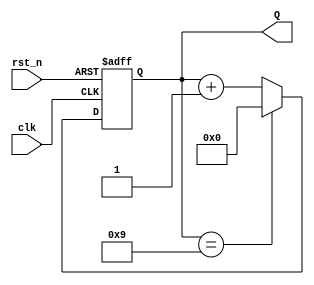
module BCD_Asynchronous_Counter (
    input wire clk,        // Clock signal
    input wire rst_n,      // Active-low asynchronous reset
    output reg [3:0] Q     // BCD output
);
    
    // Asynchronous reset and counter increment logic
    always @(posedge clk or negedge rst_n) begin
        if (!rst_n) begin
            Q <= 4'b0000;  // Reset counter to 0
        end else begin
            if (Q == 4'b1001) begin
                Q <= 4'b0000;  // Reset to 0 when count reaches 10
            end else begin
                Q <= Q + 1;    // Increment counter
            end
        end
    end
    
endmodule